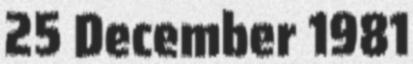
25 December 1981